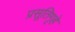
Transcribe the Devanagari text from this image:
प्रसूतिगृहे